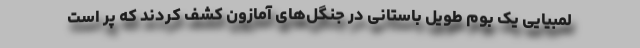
لمبیایی یک بوم طویل باستانی در جنگل‌های آمازون کشف کردند که پر است